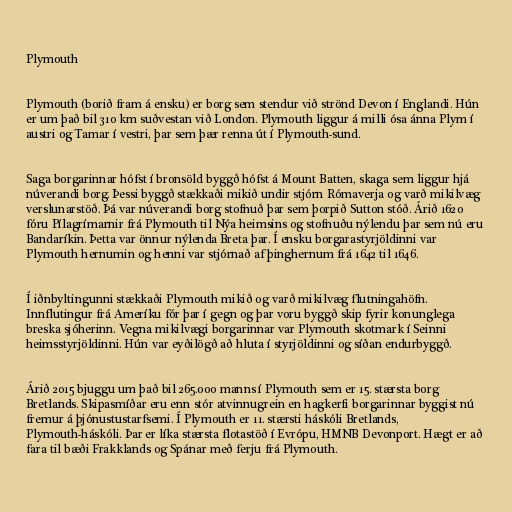
Plymouth

Plymouth (borið fram á ensku) er borg sem stendur við strönd Devon í Englandi. Hún
er um það bil 310 km suðvestan við London. Plymouth liggur á milli ósa ánna Plym í
austri og Tamar í vestri, þar sem þær renna út í Plymouth-sund.

Saga borgarinnar hófst í bronsöld byggð hófst á Mount Batten, skaga sem liggur hjá
núverandi borg. Þessi byggð stækkaði mikið undir stjórn Rómaverja og varð mikilvæg
verslunarstöð. Þá var núverandi borg stofnuð þar sem þorpið Sutton stóð. Árið 1620
fóru Pílagrímarnir frá Plymouth til Nýa heimsins og stofnuðu nýlendu þar sem nú eru
Bandaríkin. Þetta var önnur nýlenda Breta þar. Í ensku borgarastyrjöldinni var
Plymouth hernumin og henni var stjórnað af þinghernum frá 1642 til 1646.

Í iðnbyltingunni stækkaði Plymouth mikið og varð mikilvæg flutningahöfn.
Innflutingur frá Ameríku fór þar í gegn og þar voru byggð skip fyrir konunglega
breska sjóherinn. Vegna mikilvægi borgarinnar var Plymouth skotmark í Seinni
heimsstyrjöldinni. Hún var eyðilögð að hluta í styrjöldinni og síðan endurbyggð.

Árið 2015 bjuggu um það bil 265.000 manns í Plymouth sem er 15. stærsta borg
Bretlands. Skipasmíðar eru enn stór atvinnugrein en hagkerfi borgarinnar byggist nú
fremur á þjónustustarfsemi. Í Plymouth er 11. stærsti háskóli Bretlands,
Plymouth-háskóli. Þar er líka stærsta flotastöð í Evrópu, HMNB Devonport. Hægt er að
fara til bæði Frakklands og Spánar með ferju frá Plymouth.